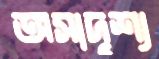
অসাদৃশ্য